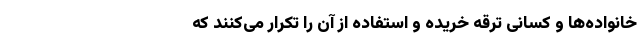
خانواده‌ها و کسانی ترقه خریده و استفاده از آن را تکرار می‌کنند که